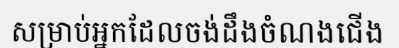
សម្រាប់អ្នកដែលចង់ដឹងចំណងជើង